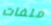
ملفات